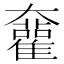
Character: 𡚜